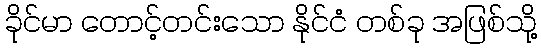
ခိုင်မာ တောင့်တင်းသော နိုင်ငံ တစ်ခု အဖြစ်သို့